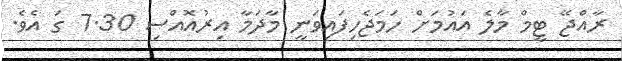
ރާއްޖޭ ޓީމް މާލެ އައުމަށް ހަމަޖެހިފައިވަނީ މާދަމާ އިރުއޮއްސި 7.30 ގަ އެވެ.